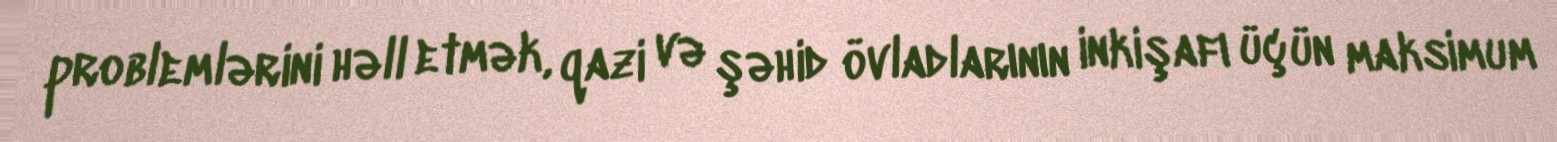
problemlərini həll etmək, qazi və şəhid övladlarının inkişafı üçün maksimum